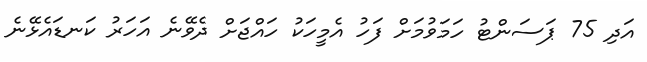
އަދި 75 ޕަސަންޓު ހަމަވުމަށް ފަހު އެމީހަކު ހައްޖަށް ދެވޭނެ އަހަރު ކަނޑައެޅޭނެ